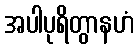
အပါပုရိတွာနဟံ